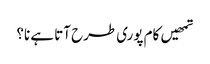
تمھیں کام پوری طرح آتا ہے نا؟